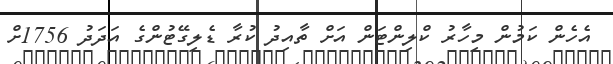
އެހެން ކަމުން މިހާރު ކްލިންޓަން އަށް ތާއިދު ކުރާ ޑެލިގޭޓުންގެ އަދަދު 1756ށް